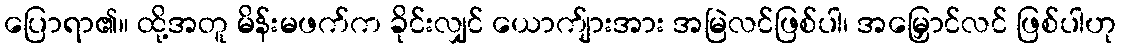
ပြောရာ၏။ ထို့အတူ မိန်းမဖက်က ခိုင်းလျှင် ယောက်ျားအား အမြဲလင်ဖြစ်ပါ၊ အမြှောင်လင် ဖြစ်ပါဟု